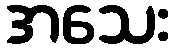
အသေး